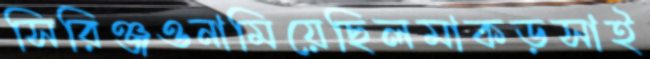
সিরিঞ্জওনামিয়েছিলমাকড়সাই